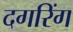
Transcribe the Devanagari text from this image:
दगरिंग